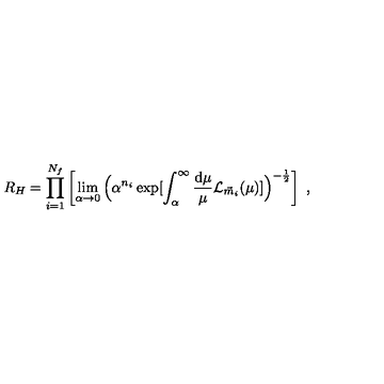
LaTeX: R _ { H } = \prod _ { i = 1 } ^ { N _ { f } } \left[ \lim _ { \alpha \rightarrow 0 } \Big ( \alpha ^ { n _ { i } } \exp [ \int _ { \alpha } ^ { \infty } \frac { \mathrm { d } \mu } { \mu } { \cal L } _ { \vec { m } _ { i } } ( \mu ) ] \Big ) ^ { - \frac { 1 } { 2 } } \right] \ ,